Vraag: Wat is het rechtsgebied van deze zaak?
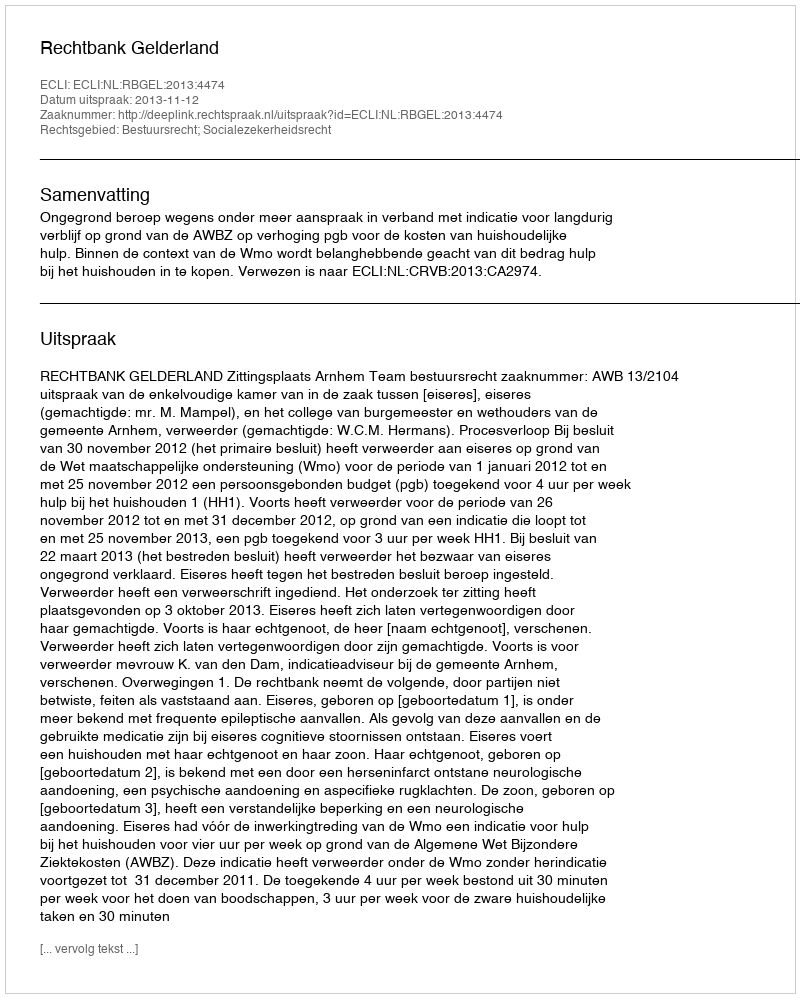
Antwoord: Bestuursrecht; Socialezekerheidsrecht